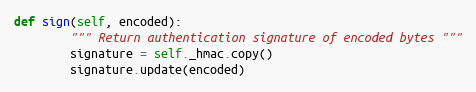
Language: Python
def sign(self, encoded):
        """ Return authentication signature of encoded bytes """
        signature = self._hmac.copy()
        signature.update(encoded)